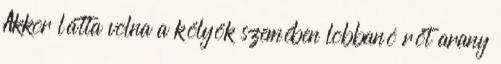
Akkor látta volna a kölyök szemében lobbanó rőt arany